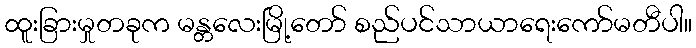
ထူးခြားမှုတခုက မန္တလေးမြို့တော် စည်ပင်သာယာရေးကော်မတီပါ။